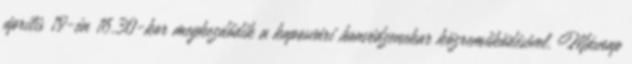
április 19-én 16.30-kor megkezdődik a kaposvári honvédzenekar közreműködésével. Másnap